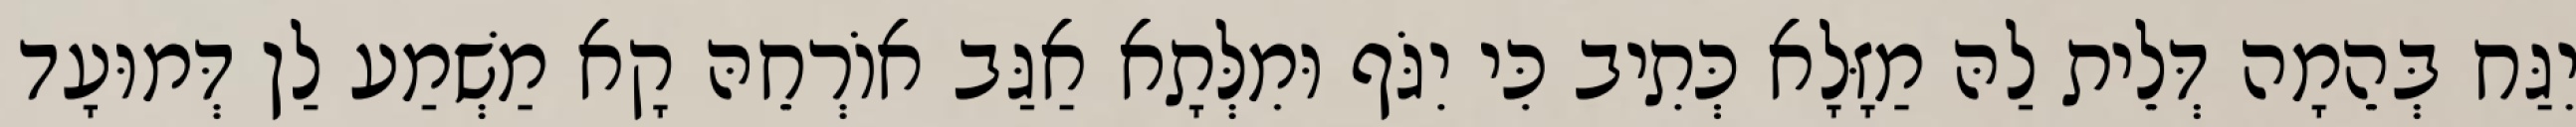
יִגַּח בְּהֵמָה דְּלֵית לַהּ מַזָּלָא כְּתִיב כִּי יִגֹּף וּמִלְּתָא אַגַּב אוֹרְחֵהּ קָא מַשְׁמַע לַן דְּמוּעָד